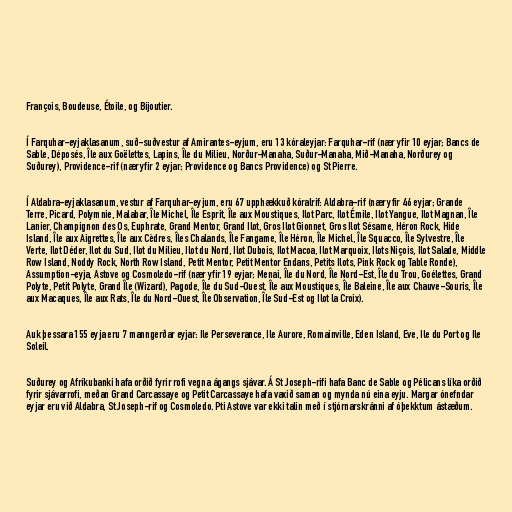
François, Boudeuse, Étoile, og Bijoutier.

Í Farquhar-eyjaklasanum, suð-suðvestur af Amirantes-eyjum, eru 13 kóraleyjar: Farquhar-rif (nær yfir 10 eyjar; Bancs de
Sable, Déposés, Île aux Goëlettes, Lapins, Île du Milieu, Norður-Manaha, Suður-Manaha, Mið-Manaha, Norðurey og
Suðurey), Providence-rif (nær yfir 2 eyjar; Providence og Bancs Providence) og St Pierre.

Í Aldabra-eyjaklasanum, vestur af Farquhar-eyjum, eru 67 upphækkuð kóralrif: Aldabra-rif (nær yfir 46 eyjar; Grande
Terre, Picard, Polymnie, Malabar, Île Michel, Île Esprit, Île aux Moustiques, Ilot Parc, Ilot Émile, Ilot Yangue, Ilot Magnan, Île
Lanier, Champignon des Os, Euphrate, Grand Mentor, Grand Ilot, Gros Ilot Gionnet, Gros Ilot Sésame, Héron Rock, Hide
Island, Île aux Aigrettes, Île aux Cèdres, Îles Chalands, Île Fangame, Île Héron, Île Michel, Île Squacco, Île Sylvestre, Île
Verte, Ilot Déder, Ilot du Sud, Ilot du Milieu, Ilot du Nord, Ilot Dubois, Ilot Macoa, Ilot Marquoix, Ilots Niçois, Ilot Salade, Middle
Row Island, Noddy Rock, North Row Island, Petit Mentor, Petit Mentor Endans, Petits Ilots, Pink Rock og Table Ronde),
Assumption-eyja, Astove og Cosmoledo-rif (nær yfir 19 eyjar; Menai, Île du Nord, Île Nord-Est, Île du Trou, Goélettes, Grand
Polyte, Petit Polyte, Grand Île (Wizard), Pagode, Île du Sud-Ouest, Île aux Moustiques, Île Baleine, Île aux Chauve-Souris, Île
aux Macaques, Île aux Rats, Île du Nord-Ouest, Île Observation, Île Sud-Est og Ilot la Croix).

Auk þessara 155 eyja eru 7 manngerðar eyjar: Ile Perseverance, Ile Aurore, Romainville, Eden Island, Eve, Ile du Port og Ile
Soleil.

Suðurey og Afríkubanki hafa orðið fyrir rofi vegna ágangs sjávar. Á St Joseph-rifi hafa Banc de Sable og Pélicans líka orðið
fyrir sjávarrofi, meðan Grand Carcassaye og Petit Carcassaye hafa vaxið saman og mynda nú eina eyju. Margar ónefndar
eyjar eru við Aldabra, St Joseph-rif og Cosmoledo. Pti Astove var ekki talin með í stjórnarskránni af óþekktum ástæðum.